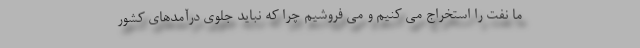
ما نفت را استخراج می کنیم و می فروشیم چرا که نباید جلوی درآمدهای کشور